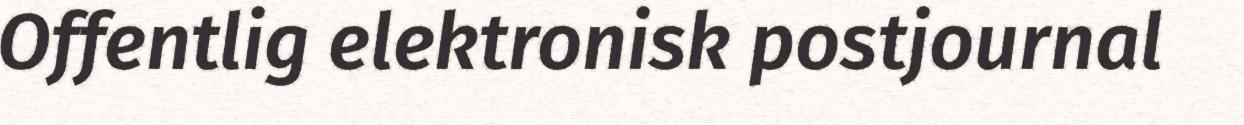
Offentlig elektronisk postjournal